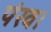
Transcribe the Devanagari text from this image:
पंख।